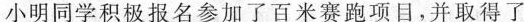
小明同学积极报名参加了百米赛跑项目，并取得了